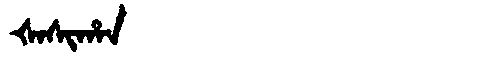
Manchu: ᡧᠠᠰᡳᡥᠠᠨ
Romanization: ŠASIHAN